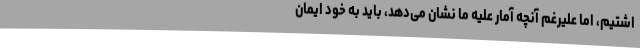
اشتیم، اما علیرغم آنچه آمار علیه ما نشان می‌دهد، باید به خود ایمان